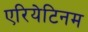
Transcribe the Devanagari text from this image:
एरियेटिनम